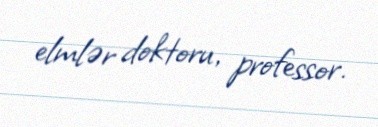
elmlər doktoru, professor.